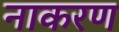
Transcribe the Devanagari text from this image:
नाकरण